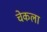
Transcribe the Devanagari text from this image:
चेकला